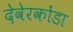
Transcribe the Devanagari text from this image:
देवेरकोंडा